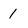
Character: 1